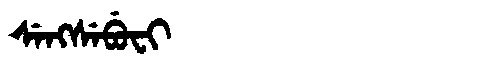
Manchu: ᠰᡝᠩᠰᡝᠪᡠᠸᡳ
Romanization: SENGSEBUFI